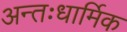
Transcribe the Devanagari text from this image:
अन्तःधार्मिक